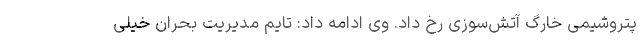
پتروشیمی خارگ آتش‌سوزی رخ داد. وی ادامه داد: تایم مدیریت بحران خیلی